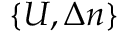
\{ U , \Delta n \}